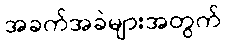
အခက်အခဲများအတွက်